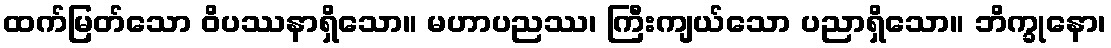
ထက်မြတ်သော ဝိပဿနာရှိသော။ မဟာပညဿ၊ ကြီးကျယ်သော ပညာရှိသော။ ဘိက္ခုနော၊